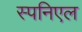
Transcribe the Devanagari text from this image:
स्पनिएल